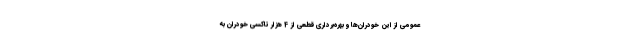
عمومی از این خودران‌ها و بهره‌برداری قطعی از 4 هزار تاکسی خودران به